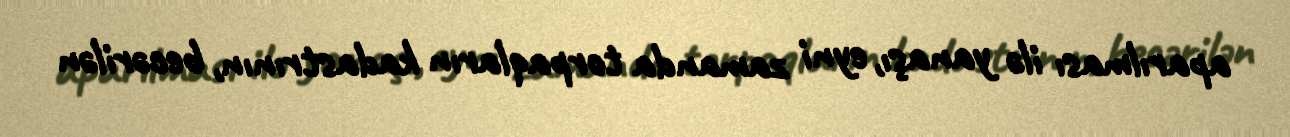
aparılması ilə yanaşı, eyni zamanda torpaqların kadastrının, becərilən